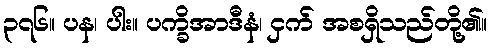
၃၇၆။ ပန၊ ပါး။ ပက္ခိအာဒီနံ၊ ငှက် အစရှိသည်တို့၏။